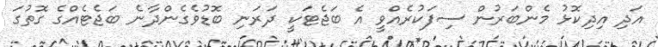
އަދި އިދިކޮޅު މެންބަރުން ސިފަކުރެއްވީ އެ ބަޖެޓަކީ ދަރަނި ބޮޑުވެގެންދާނެ ބަޖެޓެއްގެ ގޮތުގަ